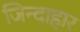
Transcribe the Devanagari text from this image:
जिन्दाहार